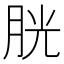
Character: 胱